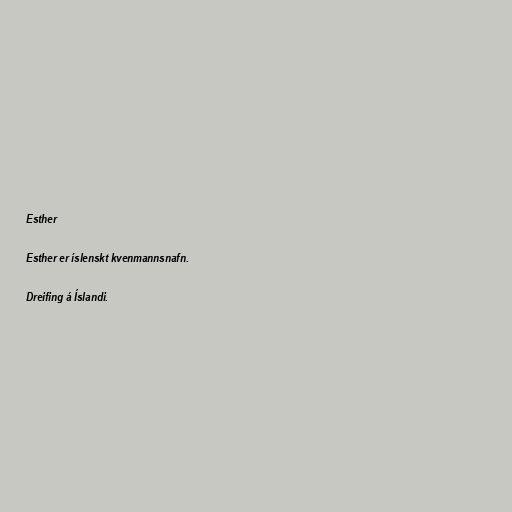
Esther

Esther er íslenskt kvenmannsnafn.

Dreifing á Íslandi.